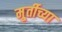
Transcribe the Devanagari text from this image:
मु्र्तीच्या